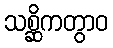
သစ္ဆိကတွာဝ